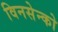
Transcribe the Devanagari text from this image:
विनसेन्को